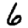
Digit: 6